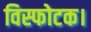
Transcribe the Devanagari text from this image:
विस्फोटक।